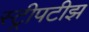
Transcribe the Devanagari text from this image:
स्ट्रीपटीझ